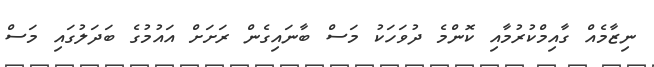
ނިޒާމެއް ގާއިމްކުރުމާއި ކޮންމެ ދުވަހަކު މަސް ބާނައިގެން ރަށަށް އައުމުގެ ބަދަލުގައި މަސް